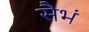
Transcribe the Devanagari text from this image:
सैभं